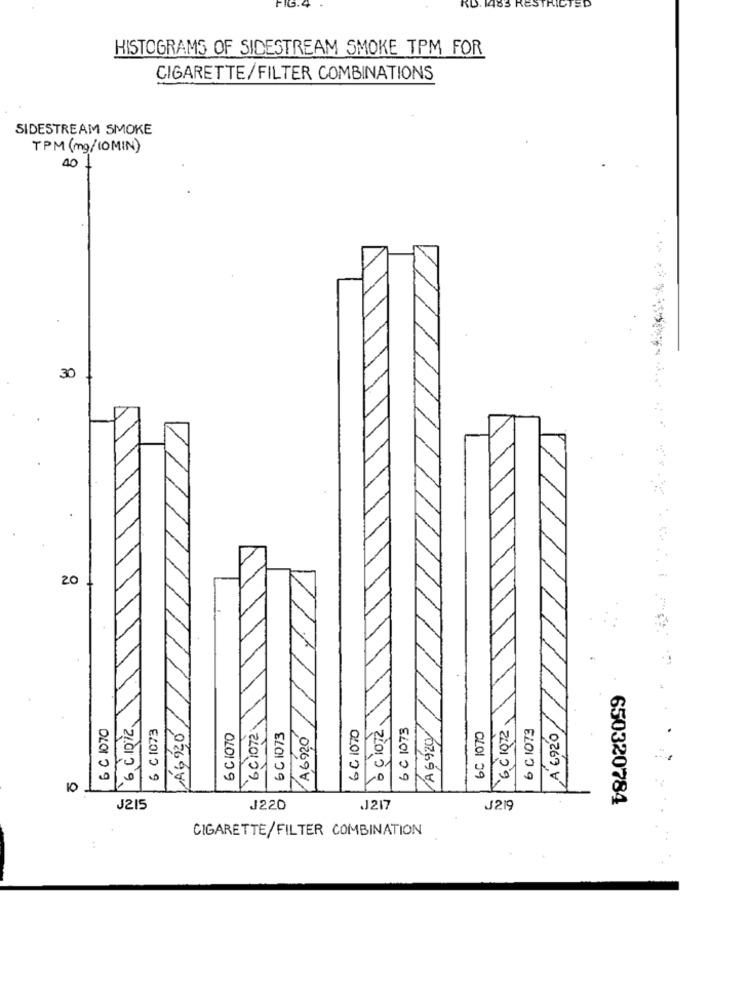
FIG.4
RD. 1483 RESTRICTED
HISTOGRAMS OF SIDESTREAM SMOKE TPM FOR
CIGARETTE/FILTER COMBINATIONS
SIDESTREAM SMOKE
TPM (mg/10MIN)
40
30
20
LÁGÁZÓ /
AGO20
A 6920
6 C 1070
6 C1073
6 C 1073
`6 C1072
6 C 1073
6 C1070
6C 1073
6C 1070
6C 1070
U
10
650320784
J215
J220
J217
J219
CIGARETTE/FILTER COMBINATION